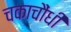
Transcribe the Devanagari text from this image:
चकाचौंधी